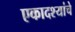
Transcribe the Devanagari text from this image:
एकादश्यांचे